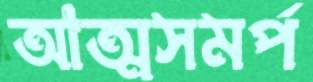
আত্মসমর্প